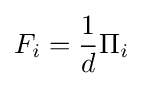
F_{i}={\frac {1}{d}}\Pi _{i}